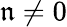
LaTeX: \mathfrak{n}\ne0